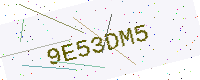
Text: 9E53DM5